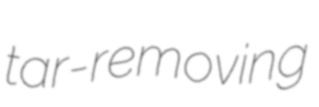
tar-removing